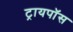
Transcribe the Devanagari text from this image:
ट्रायपॉस